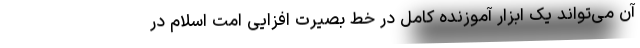
آن می‌تواند یک ابزار آموزنده کامل در خط بصیرت افزایی امت اسلام در